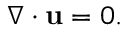
\begin{array} { r } { \nabla \cdot \mathbf { u } = 0 . } \end{array}